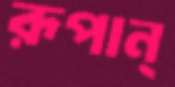
রূপান্